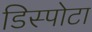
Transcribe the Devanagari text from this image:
डिस्पोटा